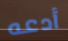
أدعه